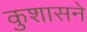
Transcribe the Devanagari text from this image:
कुशासने